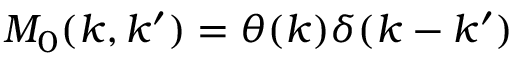
M _ { 0 } ( k , k ^ { \prime } ) = \theta ( k ) \delta ( k - k ^ { \prime } )